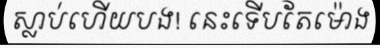
ស្លាប់ហើយបង! នេះទើបតែម៉ោង